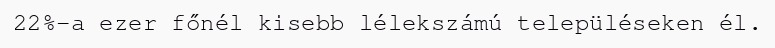
22%-a ezer főnél kisebb lélekszámú településeken él.